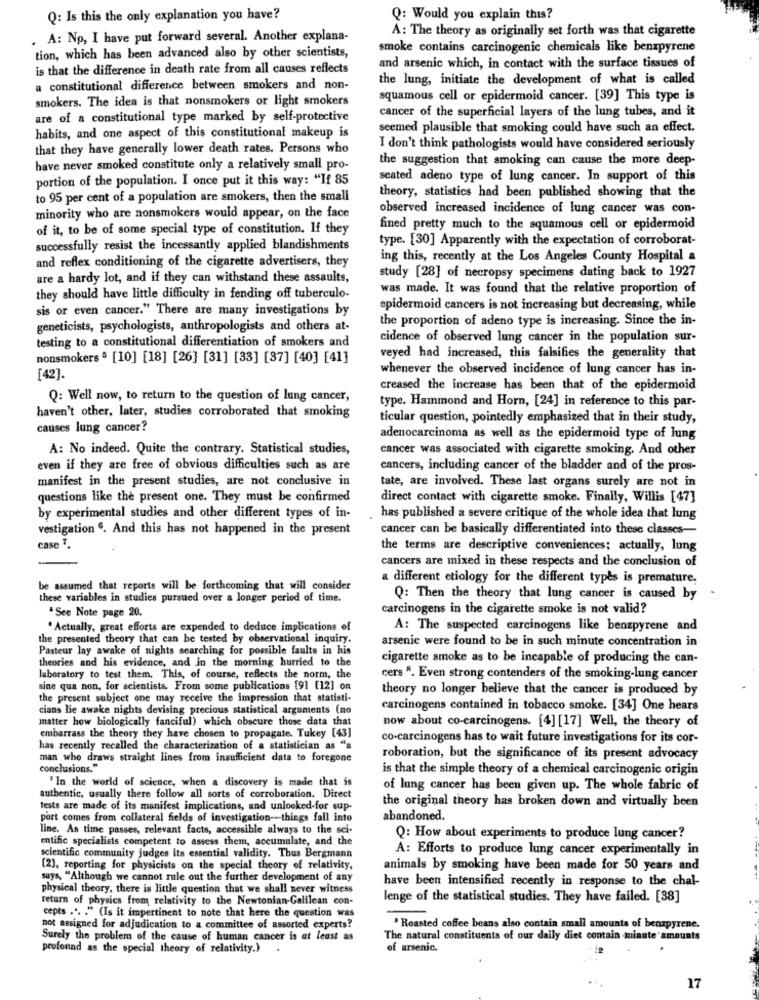
Q: Is this the only explanation you have?
Q: Would you explain this?
A: No, I have put forward several. Another explana-
A: The theory as originally set forth was that cigarette
tion, which has been advanced also by other scientists,
smoke contains carcinogenic chemicals like benzpyrene
is that the difference in death rate from all causes reflects
and arsenic which, in contact with the surface tissues of
the lung, initiate the development of what is called
a constitutional difference between smokers and non-
smokers. The idea is that nonsmokers or light smokers
squamous cell or epidermoid cancer. [39] This type is
cancer of the superficial layers of the lung tubes, and it
are of a constitutional type marked by self-protective
seemed plausible that smoking could have such an effect.
habits, and one aspect of this constitutional makeup is
that they have generally lower death rates. Persons who
I don't think pathologists would have considered seriously
the suggestion that smoking can cause the more deep-
have never smoked constitute only a relatively small pro-
portion of the population. I once put it this way: "If 85
seated adeno type of lung cancer. In support of this
theory, statistics had been published showing that the
to 95 per cent of a population are smokers, then the small
observed increased incidence of lung cancer was con-
minority who are nonsmokers would appear, on the face
of it, to be of some special type of constitution. If they
fined pretty much to the squamous cell or epidermoid
type. [30] Apparently with the expectation of corroborat-
successfully resist the incessantly applied blandishments
ing this, recently at the Los Angeles County Hospital a
and reflex conditioning of the cigarette advertisers, they
are a hardy lot, and if they can withstand these assaults,
study [28] of necropsy specimens dating back to 1927
was made. It was found that the relative proportion of
they should have little difficulty in fending off tuberculo-
sis or even cancer." There are many investigations by
epidermoid cancers is not increasing but decreasing, while
the proportion of adeno type is increasing. Since the in-
geneticists, psychologists, anthropologists and others at-
testing to a constitutional differentiation of smokers and
cidence of observed lung cancer in the population sur-
nonsmokers 5 [10] [18] [26] [31] [33] [37] [40] [41]
veyed had increased, this falsifies the generality that
whenever the observed incidence of lung cancer has in-
[42].
creased the increase has been that of the epidermoid
Q: Well now, to return to the question of lung cancer,
type. Hammond and Horn, [24] in reference to this par-
haven't other, later, studies corroborated that smoking
ticular question, pointedly emphasized that in their study,
causes lung cancer?
adenocarcinoma as well as the epidermoid type of lung
A: No indeed. Quite the contrary. Statistical studies,
cancer was associated with cigarette smoking. And other
even if they are free of obvious difficulties such as are
cancers, including cancer of the bladder and of the pros-
manifest in the present studies, are not conclusive in
tate, are involved. These last organs surely are not in
questions like the present one. They must be confirmed
direct contact with cigarette smoke. Finally, Willis [47]
by experimental studies and other different types of in-
has published a severe critique of the whole idea that lung
vestigation 6. And this has not happened in the present
cancer can be basically differentiated into these classes-
case 1.
the terms are descriptive conveniences; actually, lung
cancers are mixed in these respects and the conclusion of
a different etiology for the different types is premature.
be assumed that reports will be forthcoming that will consider
these variables in studies pursued over a longer period of time.
Q: Then the theory that lung cancer is caused by
. See Note page 20.
carcinogens in the cigarette smoke is not valid?
. Actually, great efforts are expended to deduce implications of
A: The suspected carcinogens like benzpyrene and
the presented theory that can be tested by observational inquiry.
arsenic were found to be in such minute concentration in
Pasteur lay awake of nights searching for possible faults in his
theories and his evidence, and in the morning hurried to the
cigarette smoke as to be incapable of producing the can-
laboratory to test them. This, of course, reflects the norm, the
cers 8. Even strong contenders of the smoking-lung cancer
sine qua non, for scientists. From some publications [9] [12] on
theory no longer believe that the cancer is produced by
the present subject one may receive the impression that statisti-
cians lie awake nights devising precious statistical arguments (no
carcinogens contained in tobacco smoke. [34] One hears
matter how biologically fanciful) which obscure those data that
now about co-carcinogens. [4] [17] Well, the theory of
embarrass the theory they have chosen to propagate. Tukey [43]
co-carcinogens has to wait future investigations for its cor-
has recently recalled the characterization of a statistician as "a
man who draws straight lines from insufficient data to foregone
roboration, but the significance of its present advocacy
conclusions."
is that the simple theory of a chemical carcinogenic origin
" In the world of science, when a discovery is made that is
of lung cancer has been given up. The whole fabric of
authentic, usually there follow all sorts of corroboration. Direct
the original theory has broken down and virtually been
tests are made of its manifest implications, and unlooked-for sup-
port comes from collateral fields of investigation -- things fall into
abandoned.
line. As time passes, relevant facts, accessible always to the sci-
entific specialists competent to assess them, accumulate, and the
Q: How about experiments to produce lung cancer?
A: Efforts to produce lung cancer experimentally in
scientific community judges its essential validity. Thus Bergmann
[2], reporting for physicists on the special theory of relativity,
animals by smoking have been made for 50 years and
says, "Although we cannot rule out the further development of any
have been intensified recently in response to the chal-
physical theory, there is little question that we shall never witness
return of physics from relativity to the Newtonian-Galilean con-
lenge of the statistical studies. They have failed. [38]
cepts .... "(Is it impertinent to note that here the question was
not assigned for adjudication to a committee of assorted experts?
. Roasted coffee beans also contain small amounts of benzpyrene.
Surely the problem of the cause of human cancer is at least as
The natural constituents of our daily diet contain minute amounts
profonnd as the special theory of relativity.)
of arsenic.
17